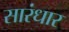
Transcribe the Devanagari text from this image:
सारंधार